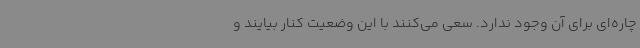
چاره‌ای برای آن وجود ندارد. سعی می‌کنند با این وضعیت کنار بیایند و